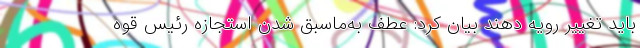
باید تغییر رویه دهند بیان کرد: عطف به‌ماسبق شدن استجازه رئیس قوه